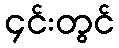
၄င်းတွင်